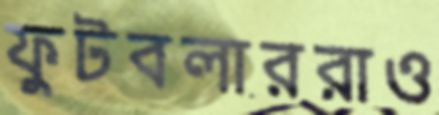
ফুটবলাররাও